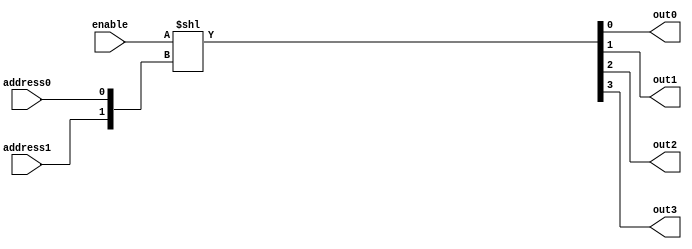
module behavioralDecoder(out0,out1,out2,out3, address0,address1, enable);
output out0, out1, out2, out3;
input address0, address1;
input enable;
assign {out3,out2,out1,out0}=enable<<{address1,address0};
endmodule

module structuralDecoder(out0,out1,out2,out3, address0,address1, enable);
output out0, out1, out2, out3;
input address0, address1;
input enable;
  // Your decoder code here
endmodule

module testDecoder; 
reg addr0, addr1;
reg enable;
wire out0,out1,out2,out3;
behavioralDecoder decoder (out0,out1,out2,out3,addr0,addr1,enable);
//structuralDecoder decoder (out0,out1,out2,out3,addr0,addr1,enable); // Swap after testing

initial begin
$display("En A0 A1| O0 O1 O2 O3 | Expected Output");
enable=0;addr0=0;addr1=0; #1000 
$display("%b  %b  %b |  %b  %b  %b  %b | All false", enable, addr0, addr1, out0, out1, out2, out3);
enable=0;addr0=1;addr1=0; #1000
$display("%b  %b  %b |  %b  %b  %b  %b | All false", enable, addr0, addr1, out0, out1, out2, out3);
enable=0;addr0=0;addr1=1; #1000 
$display("%b  %b  %b |  %b  %b  %b  %b | All false", enable, addr0, addr1, out0, out1, out2, out3);
enable=0;addr0=1;addr1=1; #1000 
$display("%b  %b  %b |  %b  %b  %b  %b | All false", enable, addr0, addr1, out0, out1, out2, out3);
enable=1;addr0=0;addr1=0; #1000 
$display("%b  %b  %b |  %b  %b  %b  %b | O0 Only", enable, addr0, addr1, out0, out1, out2, out3);
enable=1;addr0=1;addr1=0; #1000 
$display("%b  %b  %b |  %b  %b  %b  %b | O1 Only", enable, addr0, addr1, out0, out1, out2, out3);
enable=1;addr0=0;addr1=1; #1000 
$display("%b  %b  %b |  %b  %b  %b  %b | O2 Only", enable, addr0, addr1, out0, out1, out2, out3);
enable=1;addr0=1;addr1=1; #1000 
$display("%b  %b  %b |  %b  %b  %b  %b | O3 Only", enable, addr0, addr1, out0, out1, out2, out3);
end
endmodule